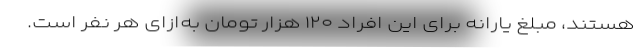
هستند، مبلغ یارانه برای این افراد ۱۲۰ هزار تومان به‌ازای هر نفر است.